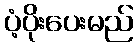
ပံ့ပိုးပေးမည်